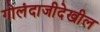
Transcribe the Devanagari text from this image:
गोलंदाजीदेखील